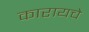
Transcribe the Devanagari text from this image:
कारायचे